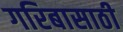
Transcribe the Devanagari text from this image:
गरिबासाठी